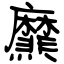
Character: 爢